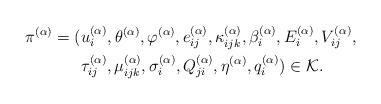
LaTeX: \begin{align*}\pi{}^{(\alpha)}=( & u_{i}^{(\alpha)},\theta{}^{(\alpha)},\varphi{}^{(\alpha)},e_{ij}^{(\alpha)},\kappa_{ijk}^{(\alpha)},\beta_{i}^{(\alpha)},E_{i}^{(\alpha)},V_{ij}^{(\alpha)},\\ & \tau_{ij}^{(\alpha)},\mu_{ijk}^{(\alpha)},\sigma_{i}^{(\alpha)},Q_{ji}^{(\alpha)},\eta^{(\alpha)},q_{i}^{(\alpha)})\in\mathcal{K}.\end{align*}